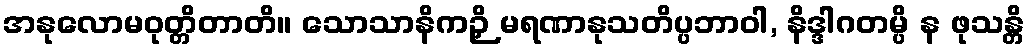
အနုလောမဝုတ္တိတာတိ။ သောသာနိကဉှိ မရဏာနုသတိပ္ပဘာဝါ, နိဒ္ဒါဂတမ္ပိ န ဖုသန္တိ